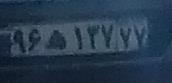
۹۶ه۱۳۷۷۷